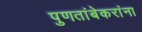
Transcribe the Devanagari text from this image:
पुणतांबेकरांना